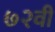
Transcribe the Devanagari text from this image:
७२वीं